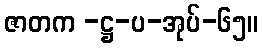
ဇာတက -ဋ္ဌ-ပ-အုပ်-၆၅။